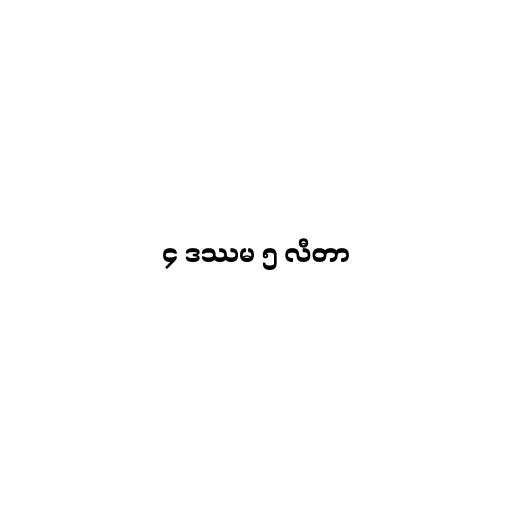
၄ ဒဿမ ၅ လီတာ